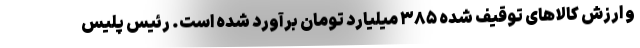
و ارزش کالاهای توقیف شده ۳۸۵ میلیارد تومان برآورد شده است. رئیس پلیس